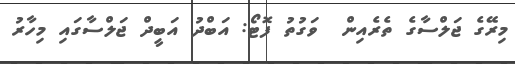
މިރޭގެ ޖަލްސާގެ ތެރެއިން  ވަގުތު ފޮޓޯ: އަބްދު އަބީދް ޖަލްސާގައި މިހާރު